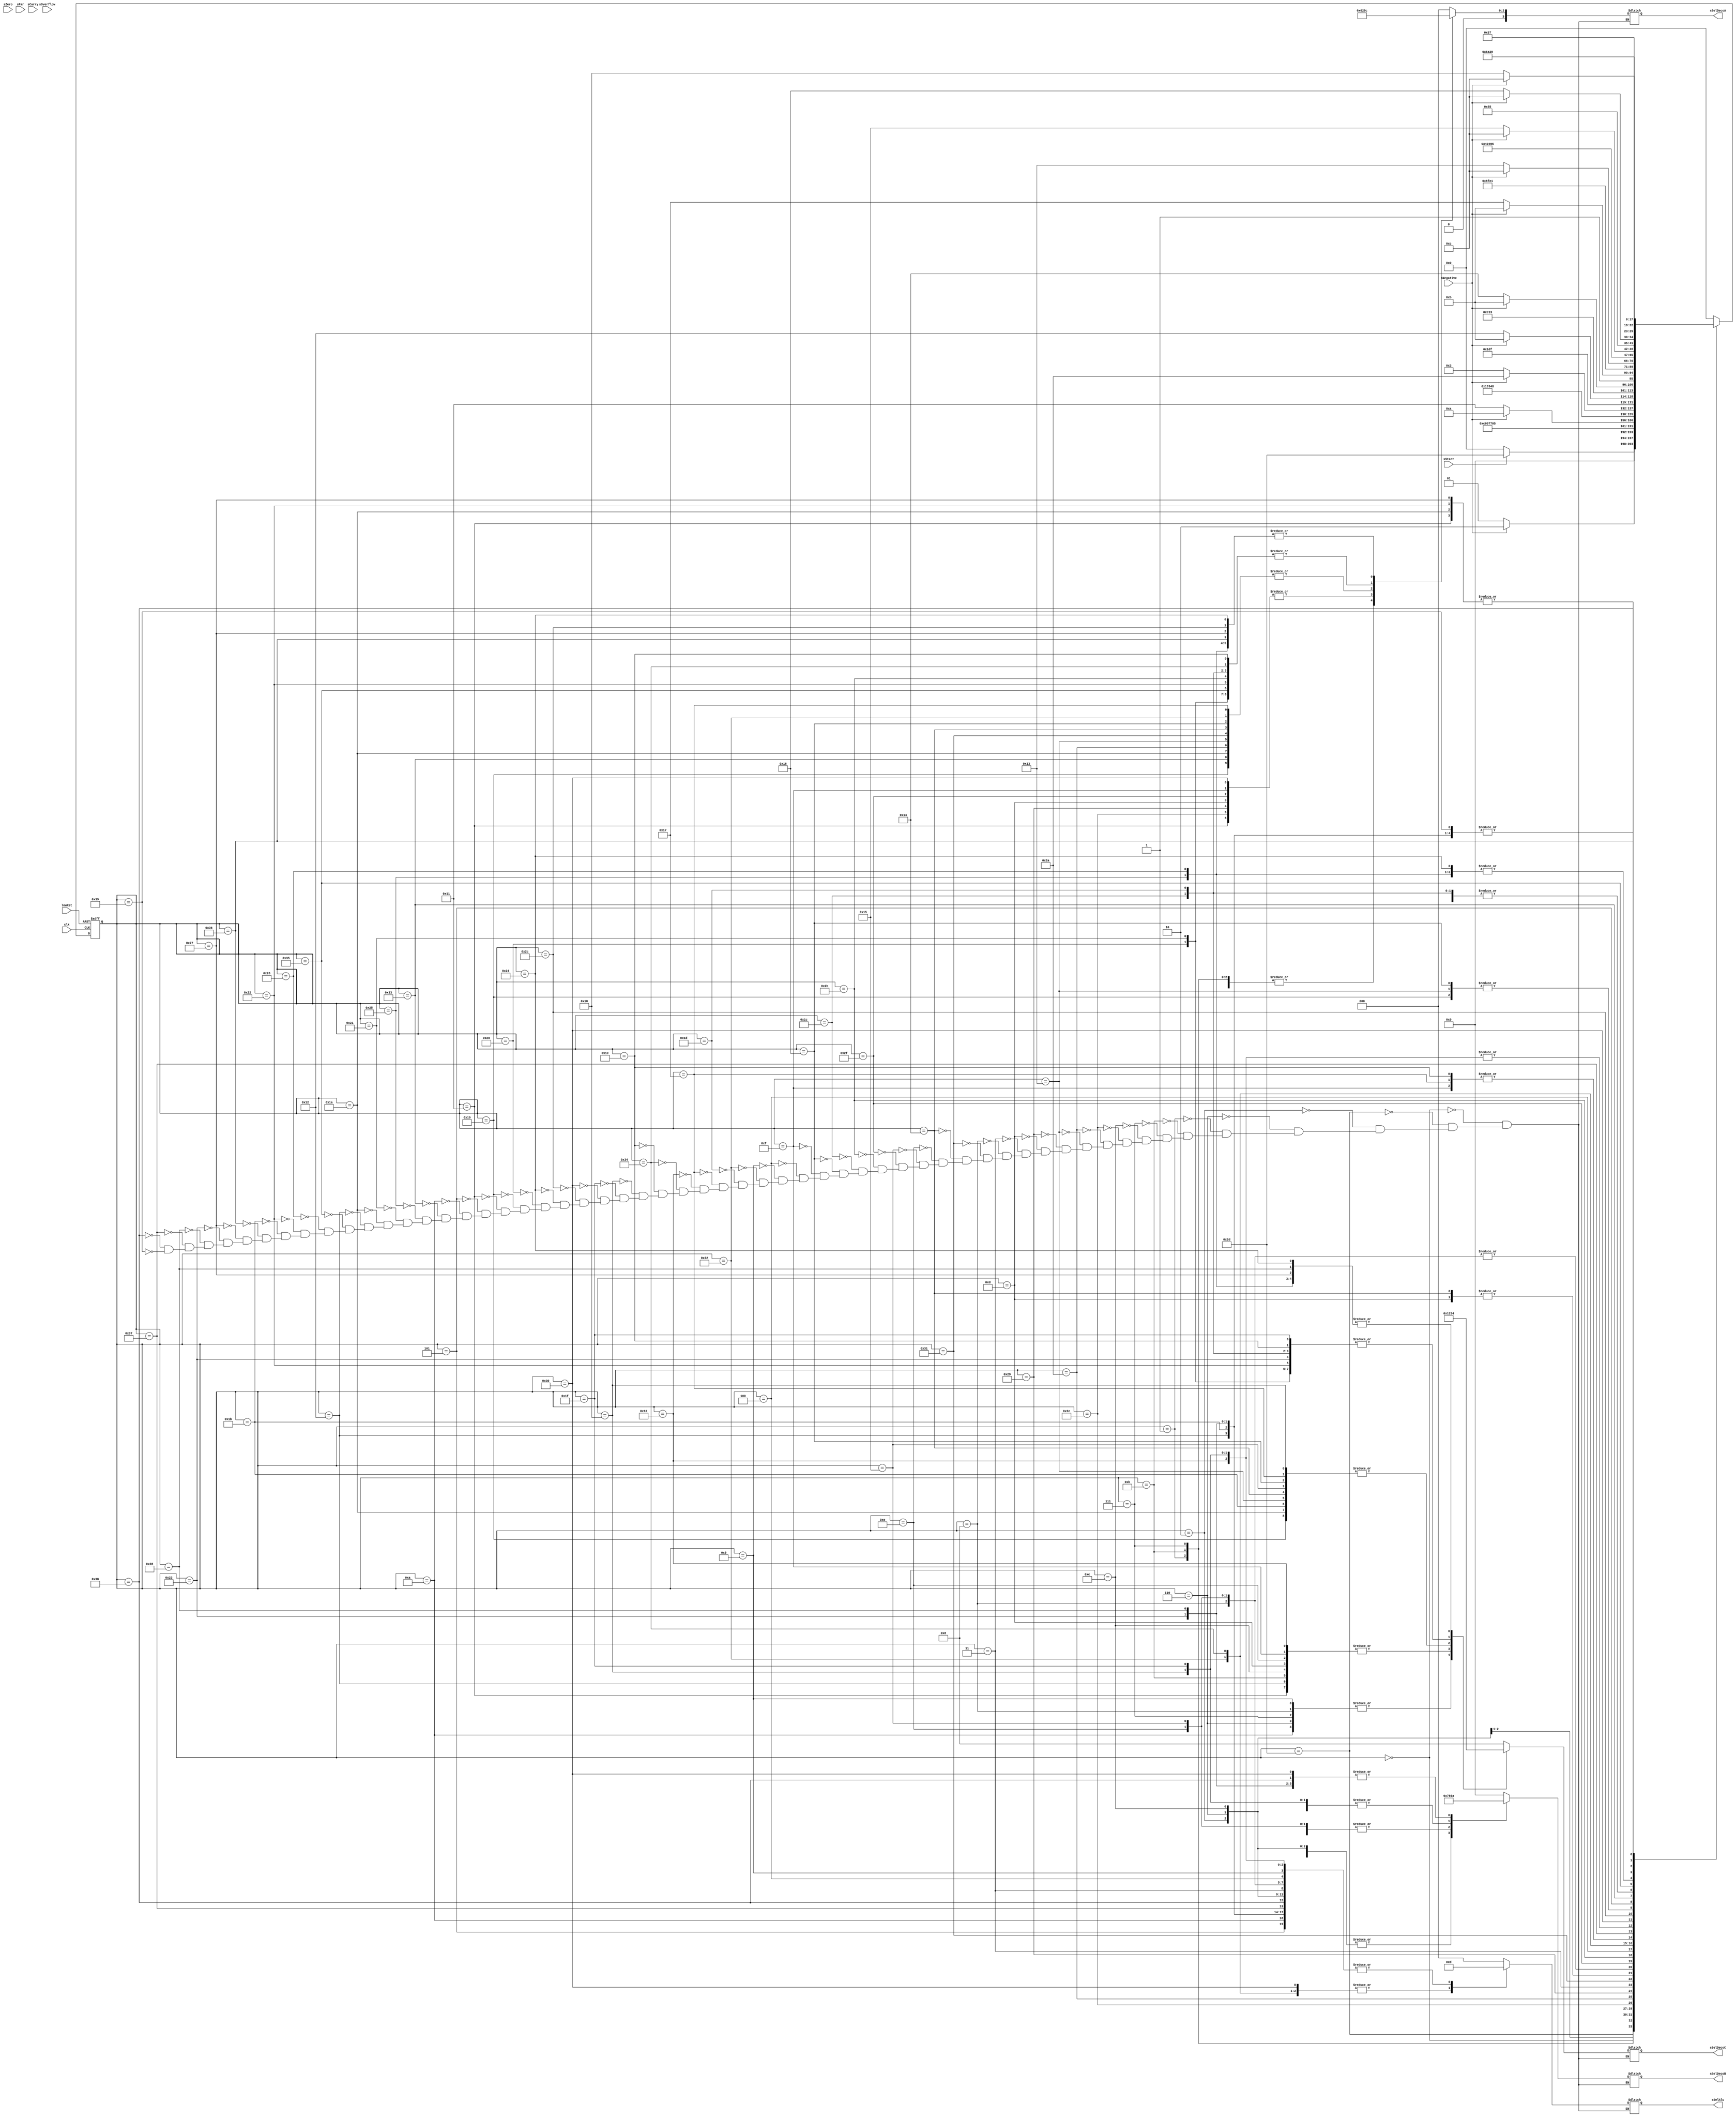
module statemachine#(
	parameter SELECTIONALU = 3,
	parameter SELECTIONDECO = 4
)
(
input wire clk, lowRst,sOverflow,sCarry,sNegative,sZero,sPar,sStart,
    output reg [SELECTIONDECO-1:0] sSelDecoA,sSelDecoB,sSelDecoC,
    output reg [SELECTIONALU-1:0] sSelAlu
);

//Declaracion de estados
	parameter sWaitStart= 			6'b000000;
	parameter sStateLeerRP0=		6'b000001;
	parameter sStateLeerRP1=		6'b000010;
	parameter sStateLeerRP2=		6'b000011;
	parameter sStateLeerRP3=		6'b000100;
	parameter sStateLeerRP4=		6'b000101;
	parameter sStateEscribirR0=		6'b000110;
	parameter sStateEscribirR0_0=		6'b000111;
	parameter sStateEscribirR0_1=		6'b001000;
	parameter sStateEscribirR0_2=		6'b001001;
	parameter sStateEscribirR0_3=		6'b001010;
	parameter sStateEscribirR1=		6'b001011;
	parameter sStateEscribirR1_0=		6'b001100;
	parameter sStateEscribirR1_1=		6'b001101;
	parameter sStateEscribirR1_2=		6'b001110;
	parameter sStateEscribirR1_3=		6'b001111;
	parameter sStateEscribirR1_4=		6'b010000;
	parameter sStateEscribirR1_5=		6'b010001;
	parameter sStateEscribirR1_6=		6'b010010;
	parameter sStateEscribirR2=		6'b010011;
	parameter sStateEscribirR2_0=		6'b010100;
	parameter sStateEscribirR2_1=		6'b010101;
	parameter sStateEscribirR2_2=		6'b010110;
	parameter sStateEscribirR2_3=		6'b010111;
	parameter sStateEscribirR2_4=		6'b011000;
	parameter sStateEscribirR2_5=		6'b011001;
	parameter sStateEscribirR2_6=		6'b011010;
	parameter sStateEscribirR2_7=		6'b011011;
	parameter sStateEscribirR3=		6'b011100;
	parameter sStateEscribirR3_0=		6'b011101;
	parameter sStateEscribirR3_1=		6'b011110;
	parameter sStateEscribirR3_2=		6'b011111;
	parameter sStateEscribirR3_3=		6'b100000;
	parameter sStateEscribirR3_4=		6'b100001;
	parameter sStateEscribirR3_5=		6'b100010;
	parameter sStateEscribirR3_6=		6'b100011;
	parameter sStateEscribirR4=		6'b100100;
	parameter sStateEscribirR4_0=		6'b100101;
	parameter sStateEscribirR4_1=		6'b100110;
	parameter sStateEscribirR4_2=		6'b100111;
	parameter sStateEscribirR4_3=		6'b101000;
	parameter sStateLeerR0=			6'b101001;
	parameter sStateLeerR1=			6'b101010;
	parameter sStateLeerR2=			6'b101011;
	parameter sStateLeerR3=			6'b101100;
	parameter sStateRestarRP0RP1=		6'b101101;
	parameter sStateRestarR0RP2=		6'b101110;
	parameter sStateRestarR0RP3=		6'b101111;
	parameter sStateRestarR0RP4=		6'b110000;
	parameter sStateRestarR1RP2=		6'b110001;
	parameter sStateRestarR1RP3=		6'b110010;
	parameter sStateRestarR1RP4=		6'b110011;
	parameter sStateRestarR2RP3=		6'b110100;
	parameter sStateRestarR2RP4=		6'b110101;
	parameter sStateRestarR3RP4=		6'b110110;
	parameter sStateLeerRP3_0=		6'b110111;
	parameter sStateLeerRP4_0=		6'b111000;
	parameter sStateDone=			6'b111001;
	
	reg done;
//signal declaration
	reg [5:0] sState, rState;
// state register
	always @ (posedge clk, negedge lowRst)
	if (lowRst==0)
		rState <= sWaitStart;
	else
		rState <= sState;

// next state logic
	always @ (*)
	case (rState)
	 sWaitStart: 	sState= (sStart==1)?sStateRestarRP0RP1:sWaitStart;		
	 sStateRestarRP0RP1:    if(sNegative == 1)sState=sStateLeerRP1;else sState=sStateLeerRP0;
	 sStateLeerRP1:		sState=sStateEscribirR0;
	 sStateEscribirR0:	sState=sStateLeerRP0;
	 sStateLeerRP0:		sState=sStateEscribirR1;
	 sStateEscribirR1:	sState=sStateRestarR0RP2;//
	 sStateLeerRP0:		sState=sStateEscribirR0_0;
	 sStateEscribirR0_0:	sState=sStateLeerRP1;
	 sStateLeerRP1:		sState=sStateEscribirR1_0;
	 sStateEscribirR1:      sState=sStateRestarR0RP2;//
	 sStateRestarR0RP2:     if(sNegative == 1)sState=sStateLeerR1;else sState=sStateRestarR1RP2;
	 sStateLeerR1:		sState=sStateEscribirR2;
	 sStateEscribirR2:	sState=sStateLeerR0;
	 sStateLeerR0:		sState=sStateEscribirR1_1;	
	 sStateEscribirR1_1:	sState=sStateLeerRP2;
	 sStateLeerRP2:		sState=sStateEscribirR0_1;
	 sStateEscribirR0_1:	sState=sStateRestarR0RP3;//
	 sStateRestarR1RP2:	if(sNegative == 1)sState=sStateLeerR1;else sState=sStateLeerRP2;
	 sStateLeerR1:		sState=sStateEscribirR2_0;
	 sStateEscribirR2_0:	sState=sStateLeerRP2;
	 sStateLeerRP2:		sState=sStateEscribirR1_2;
	 sStateEscribirR1_2:    sState=sStateRestarR0RP3;//
	 sStateLeerRP2:	 	sState=sStateEscribirR2_1;
	 sStateEscribirR2_1:	sState=sStateRestarR0RP3;//
	 sStateRestarR0RP3:     if(sNegative == 1)sState=sStateLeerR2;else sState=sStateRestarR1RP3;
	 sStateLeerR2:		sState=sStateEscribirR3;
	 sStateEscribirR3:	sState=sStateLeerR1;
	 sStateLeerR1:		sState=sStateEscribirR2_2;	
	 sStateEscribirR2_2:	sState=sStateLeerR0;
	 sStateLeerR0:		sState=sStateEscribirR1_3;
	 sStateEscribirR1_3:	sState=sStateLeerRP3;
	 sStateLeerRP3:		sState=sStateEscribirR0_2;
	 sStateEscribirR0:	sState=sStateRestarR0RP4; //
	 sStateRestarR1RP3:	if(sNegative == 1)sState=sStateLeerR2;else sState=sStateRestarR2RP3;
	 sStateLeerR2:		sState=sStateEscribirR3_0;
	 sStateEscribirR3_0:	sState=sStateLeerR1;
	 sStateLeerR1:		sState=sStateEscribirR2_3;
	 sStateEscribirR2_3:	sState=sStateLeerRP3;
	 sStateLeerRP3:		sState=sStateEscribirR1_4;
	 sStateEscribirR1_4:  	sState=sStateRestarR0RP4; //
	 sStateRestarR2RP3:	if(sNegative == 1)sState=sStateLeerR2; else sState=sStateLeerRP3_0;
	 sStateLeerR2:		sState=sStateEscribirR3_1;
	 sStateEscribirR3_1:	sState=sStateLeerRP3;
	 sStateLeerRP3:		sState=sStateEscribirR2_4;
	 sStateEscribirR2_4:	sState=sStateRestarR0RP4;//
	 sStateLeerRP3_0:	sState=sStateEscribirR3_2;
	 sStateEscribirR3_2:	sState=sStateRestarR0RP4;//
	 sStateRestarR0RP4:     if(sNegative == 1)sState=sStateLeerR3;else sState=sStateRestarR1RP4;
	 sStateLeerR3:		sState=sStateEscribirR4;
	 sStateEscribirR4:	sState=sStateLeerR2;
	 sStateLeerR2:		sState=sStateEscribirR3_3;	
	 sStateEscribirR3_3:	sState=sStateLeerR1;
	 sStateLeerR1:		sState=sStateEscribirR2_5;
	 sStateEscribirR2_5:	sState=sStateLeerR0;
	 sStateLeerR0:		sState=sStateEscribirR1_5;	
	 sStateEscribirR1_5:	sState=sStateLeerRP4;
	 sStateLeerRP4:		sState=sStateEscribirR0_3;
	 sStateEscribirR0:	sState=sStateDone; //
	 sStateRestarR1RP4:	if(sNegative == 1)sState=sStateLeerR3;else sState=sStateRestarR2RP4;
	 sStateLeerR3:		sState=sStateEscribirR4_0;
	 sStateEscribirR4_0:	sState=sStateLeerR2;
	 sStateLeerR2:		sState=sStateEscribirR3_4;
	 sStateEscribirR3_4:	sState=sStateLeerR1;
	 sStateLeerR1:		sState=sStateEscribirR2_6;
	 sStateEscribirR2_6:	sState=sStateLeerRP4;
	 sStateLeerRP4:		sState=sStateEscribirR1_6;
	 sStateEscribirR1_6:  	sState=sStateDone; //
	 sStateRestarR2RP4:	if(sNegative == 1)sState=sStateLeerR3;else sState=sStateRestarR3RP4;
	 sStateLeerR3:		sState=sStateEscribirR4_1;
	 sStateEscribirR4_1:	sState=sStateLeerR2;
	 sStateLeerR2:		sState=sStateEscribirR3_5;
	 sStateEscribirR3_5:	sState=sStateLeerRP4;
	 sStateLeerRP4:		sState=sStateEscribirR2_7;
         sStateEscribirR2_7:	sState=sStateDone;//
	 sStateRestarR3RP4:	if(sNegative == 1)sState=sStateLeerR3;else sState=sStateLeerRP4_0;
	 sStateLeerR3:		sState=sStateEscribirR4_2;
	 sStateEscribirR4_2:	sState=sStateLeerRP4;
	 sStateLeerRP4:		sState=sStateEscribirR3_6;
	 sStateEscribirR3_6:	sState=sStateDone;//
	 sStateLeerRP4_0:	sState=sStateEscribirR4_3;
	 sStateEscribirR4_3:	sState=sStateDone;
	 sStateDone: sState=sStateDone;

	default: sState = sWaitStart;
	endcase

// next state logic
// sSelDecoC = 3'b111 NO SE ESCRIBE EN NINGUN REGISTRO
	always @ (*)
	case (rState)
	 sWaitStart: 		begin sSelDecoA = 4'b0000; sSelDecoB = 4'b0000; sSelDecoC = 4'b1000; sSelAlu = 3'b000; end	
	 sStateRestarRP0RP1:	begin sSelDecoA = 4'b0110; sSelDecoB = 4'b0111; sSelDecoC = 4'b1000; sSelAlu = 3'b001; end
	 sStateLeerRP1:		begin sSelDecoA = 4'b0000; sSelDecoB = 4'b0111; sSelDecoC = 4'b1000; sSelAlu = 3'b101; end
	 sStateEscribirR0:	begin sSelDecoA = 4'b0000; sSelDecoB = 4'b0111; sSelDecoC = 4'b0000; sSelAlu = 3'b101; end
	 sStateLeerRP0:		begin sSelDecoA = 4'b0110; sSelDecoB = 4'b0000; sSelDecoC = 4'b1000; sSelAlu = 3'b000; end
	 sStateEscribirR1:	begin sSelDecoA = 4'b0110; sSelDecoB = 4'b0000; sSelDecoC = 4'b0001; sSelAlu = 3'b000; end
         
	 sStateEscribirR0_0:	begin sSelDecoA = 4'b0110; sSelDecoB = 4'b0000; sSelDecoC = 4'b0000; sSelAlu = 3'b000; end
 	 sStateEscribirR1_0:	begin sSelDecoA = 4'b0000; sSelDecoB = 4'b0111; sSelDecoC = 4'b0001; sSelAlu = 3'b101; end

	 sStateRestarR0RP2:	begin sSelDecoA = 4'b0001; sSelDecoB = 4'b1000; sSelDecoC = 4'b1000; sSelAlu = 3'b001; end
	 sStateLeerR1:		begin sSelDecoA = 4'b0010; sSelDecoB = 4'b0000; sSelDecoC = 4'b1000; sSelAlu = 3'b000; end
	 sStateEscribirR2:	begin sSelDecoA = 4'b0010; sSelDecoB = 4'b0000; sSelDecoC = 4'b0010; sSelAlu = 3'b000; end
	 sStateLeerR0:		begin sSelDecoA = 4'b0001; sSelDecoB = 4'b0000; sSelDecoC = 4'b1000; sSelAlu = 3'b000; end
	 sStateEscribirR1_1:	begin sSelDecoA = 4'b0001; sSelDecoB = 4'b0000; sSelDecoC = 4'b0001; sSelAlu = 3'b000; end
	 sStateLeerRP2:		begin sSelDecoA = 4'b0000; sSelDecoB = 4'b1000; sSelDecoC = 4'b1000; sSelAlu = 3'b101; end
	 sStateEscribirR0_1:	begin sSelDecoA = 4'b0000; sSelDecoB = 4'b1000; sSelDecoC = 4'b0000; sSelAlu = 3'b101; end
	 sStateRestarR1RP2:	begin sSelDecoA = 4'b0010; sSelDecoB = 4'b1000; sSelDecoC = 4'b1000; sSelAlu = 3'b001; end
	 sStateEscribirR2_0:	begin sSelDecoA = 4'b0010; sSelDecoB = 4'b0000; sSelDecoC = 4'b0010; sSelAlu = 3'b000; end
	 sStateEscribirR1_2:	begin sSelDecoA = 4'b0000; sSelDecoB = 4'b1000; sSelDecoC = 4'b0001; sSelAlu = 3'b101; end
	 sStateEscribirR2_1:	begin sSelDecoA = 4'b0000; sSelDecoB = 4'b1000; sSelDecoC = 4'b0010; sSelAlu = 3'b101; end
	 sStateRestarR0RP3:	begin sSelDecoA = 4'b0001; sSelDecoB = 4'b1001; sSelDecoC = 4'b1000; sSelAlu = 3'b001; end
	 sStateLeerR2:		begin sSelDecoA = 4'b0011; sSelDecoB = 4'b0000; sSelDecoC = 4'b1000; sSelAlu = 3'b000; end
	 sStateEscribirR3:	begin sSelDecoA = 4'b0011; sSelDecoB = 4'b0000; sSelDecoC = 4'b0011; sSelAlu = 3'b000; end
	 sStateEscribirR2_2:	begin sSelDecoA = 4'b0010; sSelDecoB = 4'b0000; sSelDecoC = 4'b0010; sSelAlu = 3'b000; end
	 sStateEscribirR1_3:	begin sSelDecoA = 4'b0001; sSelDecoB = 4'b0000; sSelDecoC = 4'b0001; sSelAlu = 3'b000; end
	 sStateLeerRP3:		begin sSelDecoA = 4'b0000; sSelDecoB = 4'b1001; sSelDecoC = 4'b1000; sSelAlu = 3'b101; end
	 sStateEscribirR0_2:	begin sSelDecoA = 4'b0000; sSelDecoB = 4'b1001; sSelDecoC = 4'b0000; sSelAlu = 3'b101; end
	 sStateRestarR1RP3:	begin sSelDecoA = 4'b0010; sSelDecoB = 4'b1001; sSelDecoC = 4'b1000; sSelAlu = 3'b001; end
	 sStateEscribirR3_0:	begin sSelDecoA = 4'b0011; sSelDecoB = 4'b0000; sSelDecoC = 4'b0011; sSelAlu = 3'b000; end
         sStateEscribirR2_3:	begin sSelDecoA = 4'b0010; sSelDecoB = 4'b0000; sSelDecoC = 4'b0010; sSelAlu = 3'b000; end
	 sStateEscribirR1_4:	begin sSelDecoA = 4'b0000; sSelDecoB = 4'b1001; sSelDecoC = 4'b0001; sSelAlu = 3'b101; end
	 sStateRestarR2RP3:	begin sSelDecoA = 4'b0011; sSelDecoB = 4'b1001; sSelDecoC = 4'b1000; sSelAlu = 3'b001; end
	 sStateEscribirR3_1:	begin sSelDecoA = 4'b0011; sSelDecoB = 4'b0000; sSelDecoC = 4'b0011; sSelAlu = 3'b000; end
	 sStateEscribirR2_4:	begin sSelDecoA = 4'b0000; sSelDecoB = 4'b1001; sSelDecoC = 4'b0010; sSelAlu = 3'b101; end
	 sStateEscribirR3_2:	begin sSelDecoA = 4'b0000; sSelDecoB = 4'b1001; sSelDecoC = 4'b0011; sSelAlu = 3'b101; end

	 sStateRestarR0RP4:	begin sSelDecoA = 4'b0001; sSelDecoB = 4'b1010; sSelDecoC = 4'b1000; sSelAlu = 3'b001; end
	 sStateLeerR3:		begin sSelDecoA = 4'b0100; sSelDecoB = 4'b0000; sSelDecoC = 4'b1000; sSelAlu = 3'b000; end
	 sStateEscribirR4:	begin sSelDecoA = 4'b0100; sSelDecoB = 4'b0000; sSelDecoC = 4'b0100; sSelAlu = 3'b000; end
	 sStateEscribirR3_3:	begin sSelDecoA = 4'b0011; sSelDecoB = 4'b0000; sSelDecoC = 4'b0011; sSelAlu = 3'b000; end
 	 sStateEscribirR2_5:	begin sSelDecoA = 4'b0010; sSelDecoB = 4'b0000; sSelDecoC = 4'b0010; sSelAlu = 3'b000; end
	 sStateEscribirR1_5:	begin sSelDecoA = 4'b0001; sSelDecoB = 4'b0000; sSelDecoC = 4'b0001; sSelAlu = 3'b000; end
         sStateLeerRP4:		begin sSelDecoA = 4'b0000; sSelDecoB = 4'b1010; sSelDecoC = 4'b1000; sSelAlu = 3'b101; end
	 sStateEscribirR0_3:	begin sSelDecoA = 4'b0000; sSelDecoB = 4'b1010; sSelDecoC = 4'b0000; sSelAlu = 3'b101; end
	 sStateRestarR1RP4:	begin sSelDecoA = 4'b0010; sSelDecoB = 4'b1010; sSelDecoC = 4'b1000; sSelAlu = 3'b001; end
	 sStateEscribirR4_0:	begin sSelDecoA = 4'b0100; sSelDecoB = 4'b0000; sSelDecoC = 4'b0100; sSelAlu = 3'b000; end
	 sStateEscribirR3_4:	begin sSelDecoA = 4'b0011; sSelDecoB = 4'b0000; sSelDecoC = 4'b0011; sSelAlu = 3'b000; end
 	 sStateEscribirR2_6:	begin sSelDecoA = 4'b0010; sSelDecoB = 4'b0000; sSelDecoC = 4'b0010; sSelAlu = 3'b000; end
	 sStateEscribirR1_6:	begin sSelDecoA = 4'b0000; sSelDecoB = 4'b1010; sSelDecoC = 4'b0001; sSelAlu = 3'b101; end
	 sStateRestarR2RP4:	begin sSelDecoA = 4'b0011; sSelDecoB = 4'b1010; sSelDecoC = 4'b1000; sSelAlu = 3'b001; end
	 sStateEscribirR4_1:	begin sSelDecoA = 4'b0100; sSelDecoB = 4'b0000; sSelDecoC = 4'b0100; sSelAlu = 3'b000; end
	 sStateEscribirR3_5:	begin sSelDecoA = 4'b0011; sSelDecoB = 4'b0000; sSelDecoC = 4'b0011; sSelAlu = 3'b000; end
 	 sStateEscribirR2_7:	begin sSelDecoA = 4'b0000; sSelDecoB = 4'b1010; sSelDecoC = 4'b0010; sSelAlu = 3'b101; end
	 sStateRestarR3RP4:	begin sSelDecoA = 4'b0100; sSelDecoB = 4'b1010; sSelDecoC = 4'b1000; sSelAlu = 3'b001; end
	 sStateEscribirR4_2:	begin sSelDecoA = 4'b0100; sSelDecoB = 4'b0000; sSelDecoC = 4'b0100; sSelAlu = 3'b000; end
	 sStateEscribirR3_6:	begin sSelDecoA = 4'b0000; sSelDecoB = 4'b1010; sSelDecoC = 4'b0011; sSelAlu = 3'b101; end
	 sStateEscribirR4_3:	begin sSelDecoA = 4'b0000; sSelDecoB = 4'b1010; sSelDecoC = 4'b0100; sSelAlu = 3'b101; end
	 sStateLeerRP3_0:	begin sSelDecoA = 4'b0000; sSelDecoB = 4'b1001; sSelDecoC = 4'b1000; sSelAlu = 3'b101; end
	 sStateLeerRP4_0:	begin sSelDecoA = 4'b0000; sSelDecoB = 4'b1010; sSelDecoC = 4'b1000; sSelAlu = 3'b101; end
	 	
	 sStateDone:		begin sSelDecoA = 4'b0000; sSelDecoB = 4'b0000; sSelDecoC = 4'b1000; sSelAlu = 3'b000; end	
	endcase
endmodule